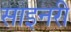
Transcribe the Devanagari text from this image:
साइनरी